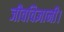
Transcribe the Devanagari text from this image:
जीवविज्ञानी।